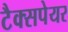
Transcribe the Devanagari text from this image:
टैक्सपेयर